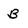
Character: B